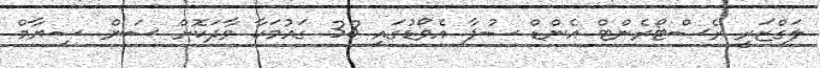
ލަގްޒަރީ ރެސްޓޯރެންޓް އެންޑް ސުޕާ އެވޯޑުގައި 38 ގައުމަކާ ވާދަކޮށް ސަން ސިޔާމް